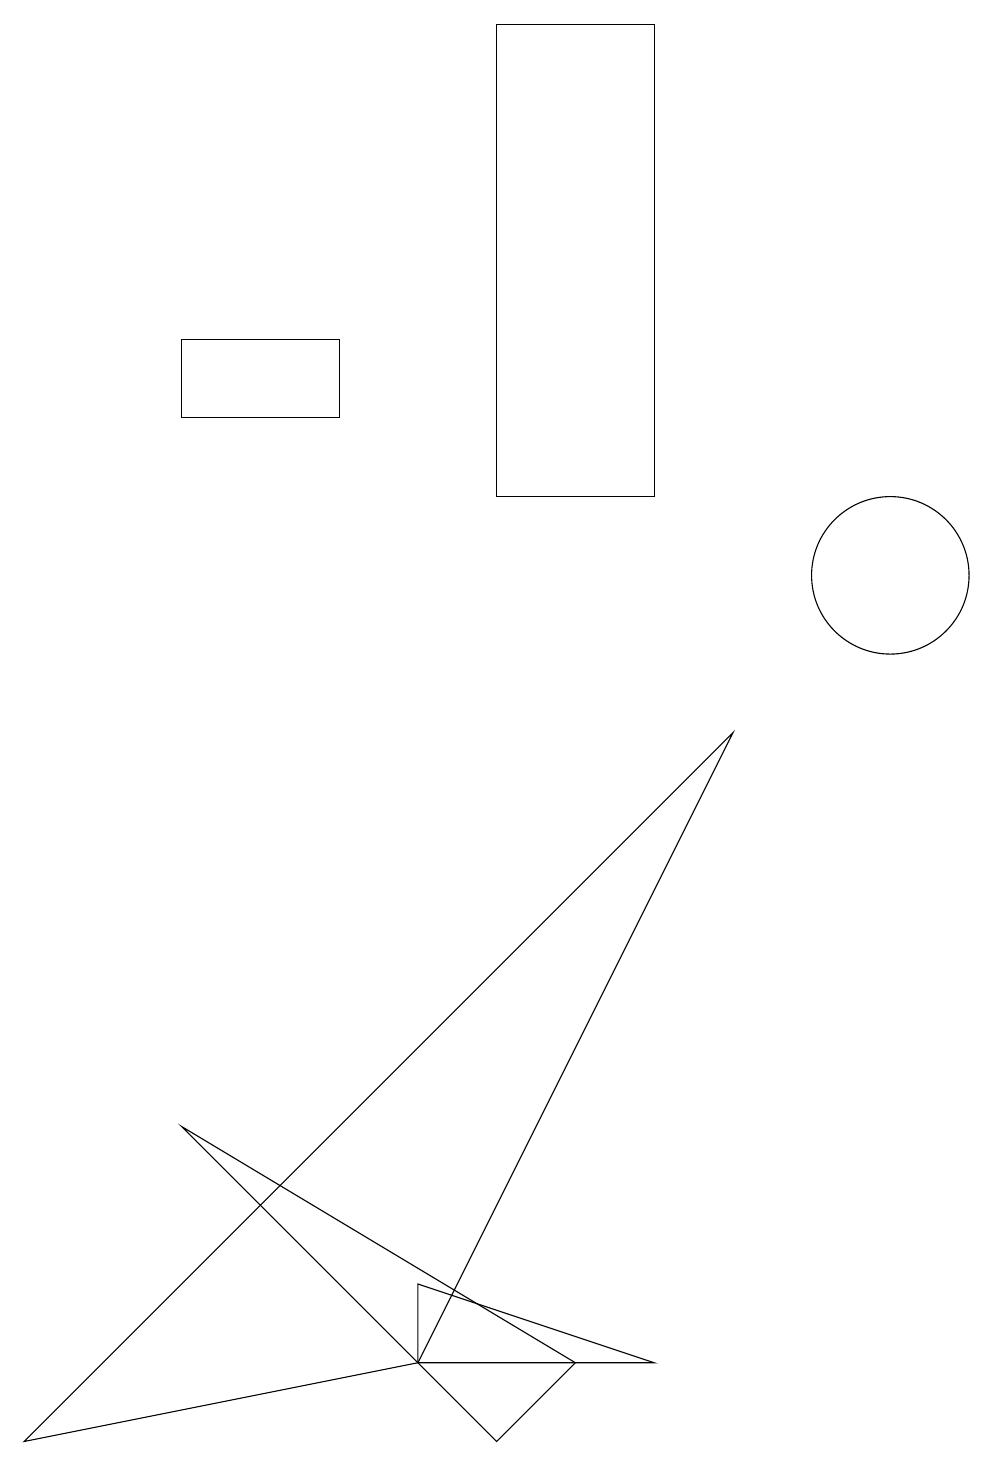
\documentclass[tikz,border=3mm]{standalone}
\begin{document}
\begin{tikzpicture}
\draw (2,4) -- (7,1) -- (6,0) -- cycle;
\draw (2,14) rectangle (4,13);
\draw (5,2) -- (5,1) -- (8,1) -- cycle;
\draw (11,11) circle (1);
\draw (8,18) rectangle (6,12);
\draw (0,0) -- (5,1) -- (9,9) -- cycle;
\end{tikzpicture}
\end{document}